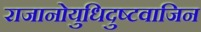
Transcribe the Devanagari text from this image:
राजानोयुधिदुष्टवाजिन